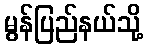
မွန်ပြည်နယ်သို့